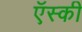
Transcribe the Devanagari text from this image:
ऍस्की